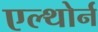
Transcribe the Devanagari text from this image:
एल्थोर्न